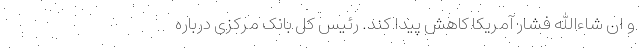
و ان شاءالله فشار آمریکا کاهش پیدا کند. رئیس کل بانک مرکزی درباره